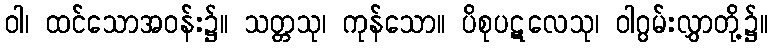
ဝါ၊ ထင်သောအဝန်း၌။ သတ္တသု၊ ကုန်သော။ ပိစုပဋလေသု၊ ဝါဂွမ်းလွှာတို့၌။